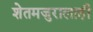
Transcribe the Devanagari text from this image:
शेतमजुरालाही